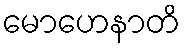
မောဟေနာတိ